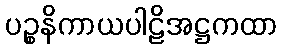
ပဉ္စနိကာယပါဠိအဋ္ဌကထာ